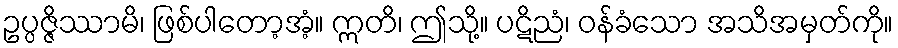
ဥပ္ပဇ္ဇိဿာမိ၊ ဖြစ်ပါတော့အံ့။ ဣတိ၊ ဤသို့။ ပဋိညံ၊ ဝန်ခံသော အသိအမှတ်ကို။